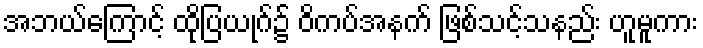
အဘယ်ကြောင့် ထိုပြယုဂ်၌ ဝိကပ်အနက် ဖြစ်သင့်သနည်း ဟူမူကား